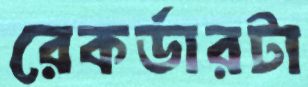
রেকর্ডারটা